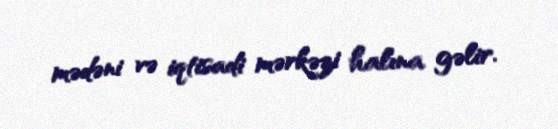
mədəni və iqtisadi mərkəzi halına gəlir.